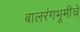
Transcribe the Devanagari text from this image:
बालरंगभूमीचे